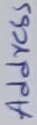
Text: Address